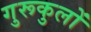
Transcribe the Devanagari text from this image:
गुरूकुलों